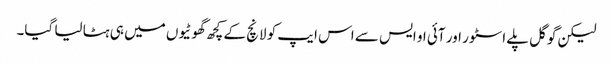
لیکن گوگل پلے اسٹور اور آئی او ایس سے اس ایپ کو لانچ کے کچھ گھوٹیوں میں ہی ہٹا لیا گیا۔